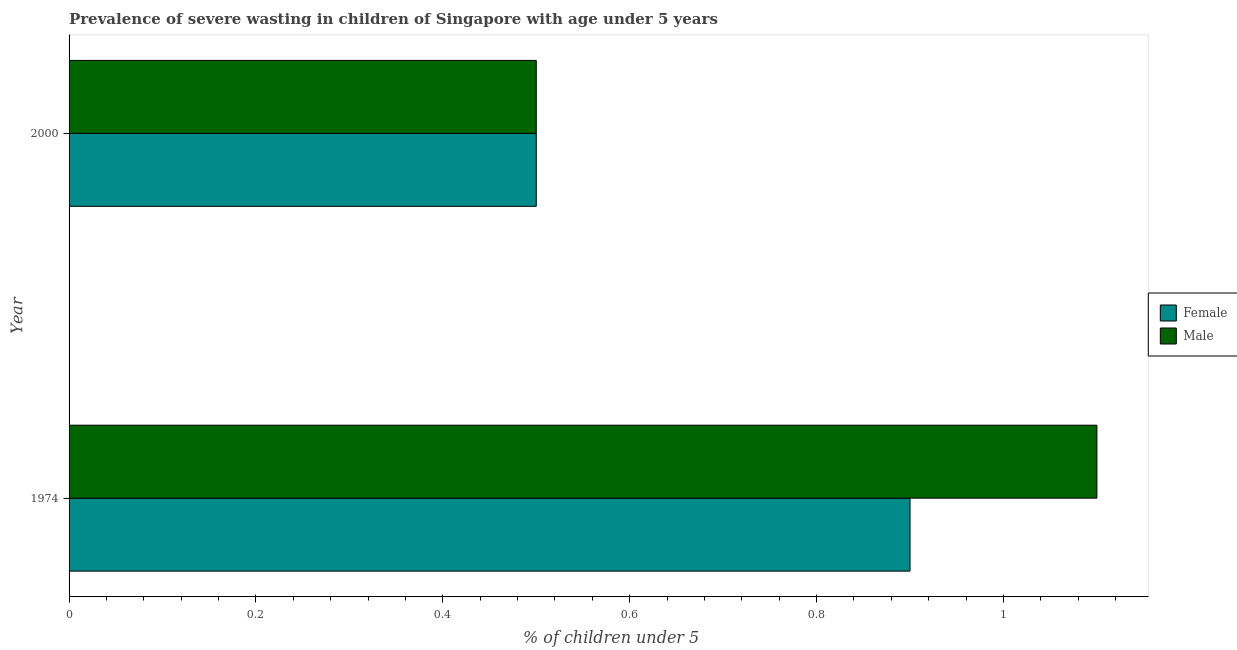
| Year | Female | Male |
 | --- | --- | --- |
 | 1974 | 0.9 | 1.1 |
 | 2000 | 0.5 | 0.5 |